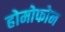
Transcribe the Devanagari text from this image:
होमोफोन